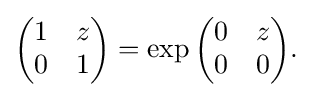
\displaystyle {{\begin{pmatrix}1&z\\0&1\end{pmatrix}}=\exp {\begin{pmatrix}0&z\\0&0\end{pmatrix}}.}